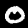
Label: 0